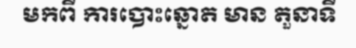
មកពី ការបោះឆ្នោត មាន តួនាទី